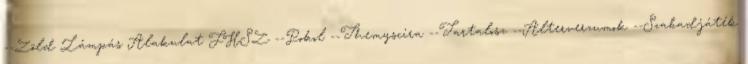
--Zöld Lámpás Alakulat FHSZ --Pokol --Themyscira --Tartalosz --Alterverzumok --Szabadjáték